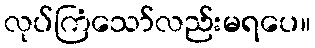
လုပ်ကြံသော်လည်းမရပေ။